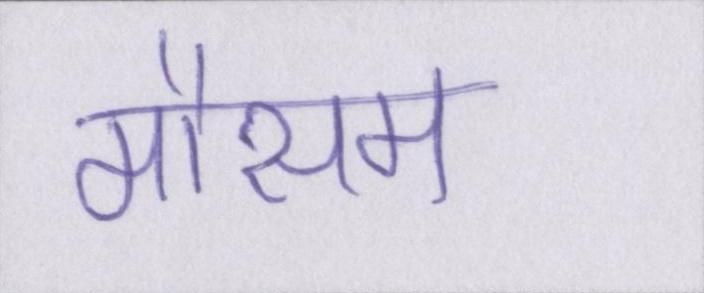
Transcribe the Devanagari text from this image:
मौसम